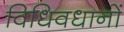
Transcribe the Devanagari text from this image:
विधिवधानों